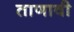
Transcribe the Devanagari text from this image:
ताणावी